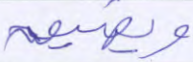
ويضيق